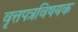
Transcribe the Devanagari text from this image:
वृत्तपत्रविषयक